Vaccine operations Central Provinces 1900-1911 - 1900-1911
Year: 1900
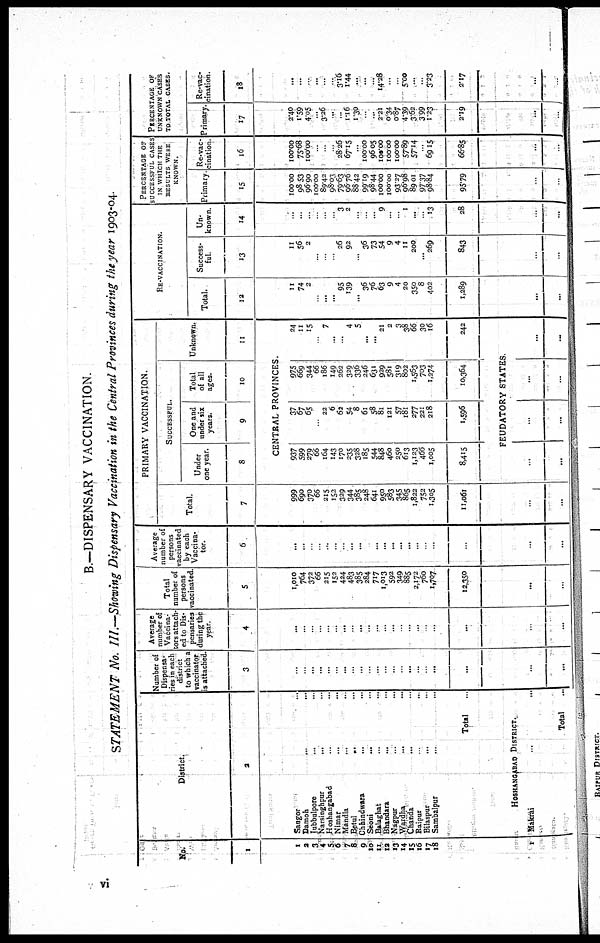
B.—DISPENSARY VACCINATION.
STATEMENT No. III.—Showing Dispensary Vaccination in the Central Provinces during the year 1903-04.
No.
1
1
2
3
4
5
6
7
8
9
10
11
12
13
14
15
16
17
18
1
District.
2
Sangor ...
Damoh
...
...
Jubbulpore
...
...
Narsinghpur
...
...
Hoshangabad ... ...
Nimar ... ...
Mandla ... ...
Betul
... ...
Chhindwara ... ...
Seoni
... ...
Balaghat ... ...
Bhandara ... ...
Nagpur ... ...
Wardha ... ...
Chanda ... ...
Raipur ... ...
Bilaspur ... ...
Sambalpur ... ...
Total
HOSHANGABAD DISTRICT.
Makrai
Total
...
Number of
Dispensa-
ries in each
district
to which a
vaccinator
is attached.
3
...
...
...
...
...
..
...
...
...
...
...
...
...
...
...
..
...
...
...
...
...
Average
number of
Vaccina¬
tors attach-
ed to Dis-
pensaries
during the
year.
4
...
...
...
..
...
...
...
...
...
...
...
..
...
..
...
...
.
...
...
...
...
Total
number of
persons
vaccinated.
5
1,010
764
372
66
215
152
424
483
385
284
717
1,013
592
349
885
2,172
760
1,707
12,350
...
...
Average
number of
persons
vaccinated
by each
Vaccina-
tor.
6
...
...
..
.
..
...
..
...
...
...
...
...
...
...
...
...
...
...
..
...
...
PRIMARY VACCINATION.
Total.
7
999
690
370
66
215
152
329
344
385
248
641
950
583
345
865
1,822
752
1,305
11,061
...
...
SUCCESSFUL.
Under
one year.
8
One and
under six
years.
9
Total
of all
ages.
10
Unknown.
11
CENTRAL PROVINCES.
937
599
279
66
164
143
170
235
328
185
544
848
460
250
613
1,123
466
1,005
8,415
37
67 65
...
22
6
62
54 8
61
58
81
121
57
181
277
221
218
1,596
975
669
344
66
186
149
262
329
336
246
631
929
581
319
802
1,563
703
1,274
10,364
24
11
15
...
7
...
...
4
5
...
...
21
2
3
38
66
30
16
242
FEUDATORY STATES.
...
...
...
...
...
...
...
...
RE-VACCINATION.
Total.
12
11
74
2
...
...
...
95
139
...
36
76
63
9
4
20
350
8
402
1,289
...
...
Success-
ful.
13
11
56
2
...
..
.
26
92
..
36
73
54
9
4
11
200
...
269
843
...
...
Un-
known.
14
..
...
..
...
.
..
3
2
...
.
...
9
...
...
1
...
...
13
28
...
...
PERCENATGE OF
SUCCESSFUL CASES
IN WHICH THE
RESULTS WERE
KNOWN.
Primary
15
100.00
98.53
96.90
100.00
89.42
98.03
79.63
96.76
88.42
99.19
98.44
100.00
100.00
93.27
96.98
89.01
97.37
98.84
95.79
...
...
Re-vac-
cination.
16
100.00
75.68
100.00
...
.
..
28.26
67.15
...
100.00
96.05
100.00
100.00
100.00
57.89
57.14
69.15
66.85
...
...
PERCENTAGE OF
UNKNOWN CASES
TO TOTAL CASES.
Primary.
17
2.40
1.59
4.05
...
3.26
...
..
1.16
1.30
...
...
2.21
0.34
0.87
4.39
3.62
3.99
1.23
2.19
...
...
Re-vac-
cination.
18
...
...
...
...
...
...
3.16
1.44
...
...
. ..
14.28
...
...
5.00
...
...
3.23
2.17
...
...
vi